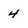
Character: 4